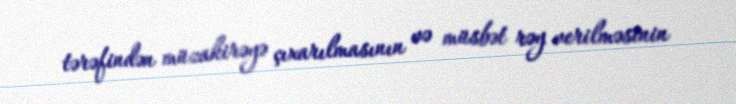
tərəfindən müzakirəyə çıxarılmasının və müsbət rəy verilməsinin